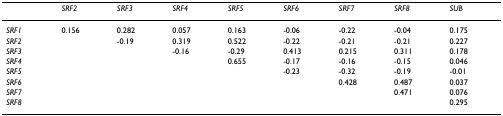
<table><thead><tr><td></td><td><b><i>SRF2</i></b></td><td><b><i>SRF3</i></b></td><td><b><i>SRF4</i></b></td><td><b><i>SRF5</i></b></td><td><b><i>SRF6</i></b></td><td><b><i>SRF7</i></b></td><td><b><i>SRF8</i></b></td><td><b><i>SUB</i></b></td></tr></thead><tbody><tr><td><i>SRF1</i></td><td>0.156</td><td>0.282</td><td>0.057</td><td>0.163</td><td>-0.06</td><td>-0.22</td><td>-0.04</td><td>0.175</td></tr><tr><td><i>SRF2</i></td><td></td><td>-0.19</td><td>0.319</td><td>0.522</td><td>-0.22</td><td>-0.21</td><td>-0.21</td><td>0.227</td></tr><tr><td><i>SRF3</i></td><td></td><td></td><td>-0.16</td><td>-0.29</td><td>0.413</td><td>0.215</td><td>0.311</td><td>0.178</td></tr><tr><td><i>SRF4</i></td><td></td><td></td><td></td><td>0.655</td><td>-0.17</td><td>-0.16</td><td>-0.15</td><td>0.046</td></tr><tr><td><i>SRF5</i></td><td></td><td></td><td></td><td></td><td>-0.23</td><td>-0.32</td><td>-0.19</td><td>-0.01</td></tr><tr><td><i>SRF6</i></td><td></td><td></td><td></td><td></td><td></td><td>0.428</td><td>0.487</td><td>0.037</td></tr><tr><td><i>SRF7</i></td><td></td><td></td><td></td><td></td><td></td><td></td><td>0.471</td><td>0.076</td></tr><tr><td><i>SRF8</i></td><td></td><td></td><td></td><td></td><td></td><td></td><td></td><td>0.295</td></tr></tbody></table>